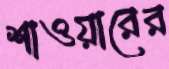
শাওয়ারের